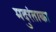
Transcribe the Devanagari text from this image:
मदुरंताका